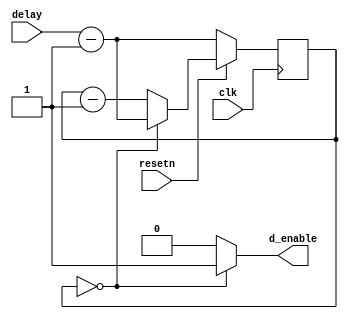

module rate_counter(
	input clk,
	input resetn,
	input [39:0]delay,
	
	output d_enable
	);
	
	reg [39:0]q;
	always @ (posedge clk) begin
		if(!resetn)
			q <= delay - 1;
		else begin
			if(q == 40'b0) begin
				q <= delay - 1;
			end
			else
				q <= q - 1;
		end
	end
	
	assign d_enable = (q == 40'b0) ? 1'b1 : 1'b0;

endmodule